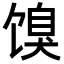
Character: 𬳌